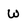
Character: W